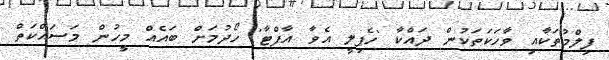
ފިލްމުތަކާއި ވާހަކަތަކުން ދައްކާ 'ހެޕިލީ އެވާ އާފްޓާ' ހޯދުމަށް ބައެއް މީހުން މަސައްކަތް